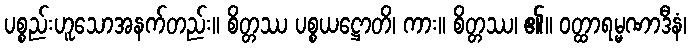
ပစ္စည်းဟူသောအနက်တည်း။ စိတ္တဿ ပစ္စယဋ္ဌောတိ၊ ကား။ စိတ္တဿ၊ ၏။ ဝတ္ထာရမ္မဏာဒီနံ၊